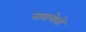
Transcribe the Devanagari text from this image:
सरायेवो